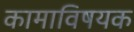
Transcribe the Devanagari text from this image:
कामाविषयक